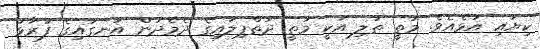
ކިޔައި އުޅެއެވެ. މަތީ ތަލި އަކީ މަތީ ދަތްޕިލައިގެ ދެމެދުން އަނގައިގެ ފުރާޅު